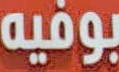
بوفيه